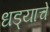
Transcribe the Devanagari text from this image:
धड्याचे